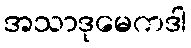
အသာဒုမေကဒါ